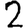
Digit: 2